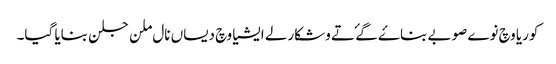
کوریا وچ نوے صوبے بناۓ گۓ تے وشکارلے ایشیا وچ دیساں نال ملن جلن بنایا گیا۔